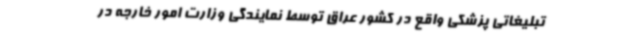
تبلیغاتی پزشکی واقع در کشور عراق توسط نمایندگی وزارت امور خارجه در